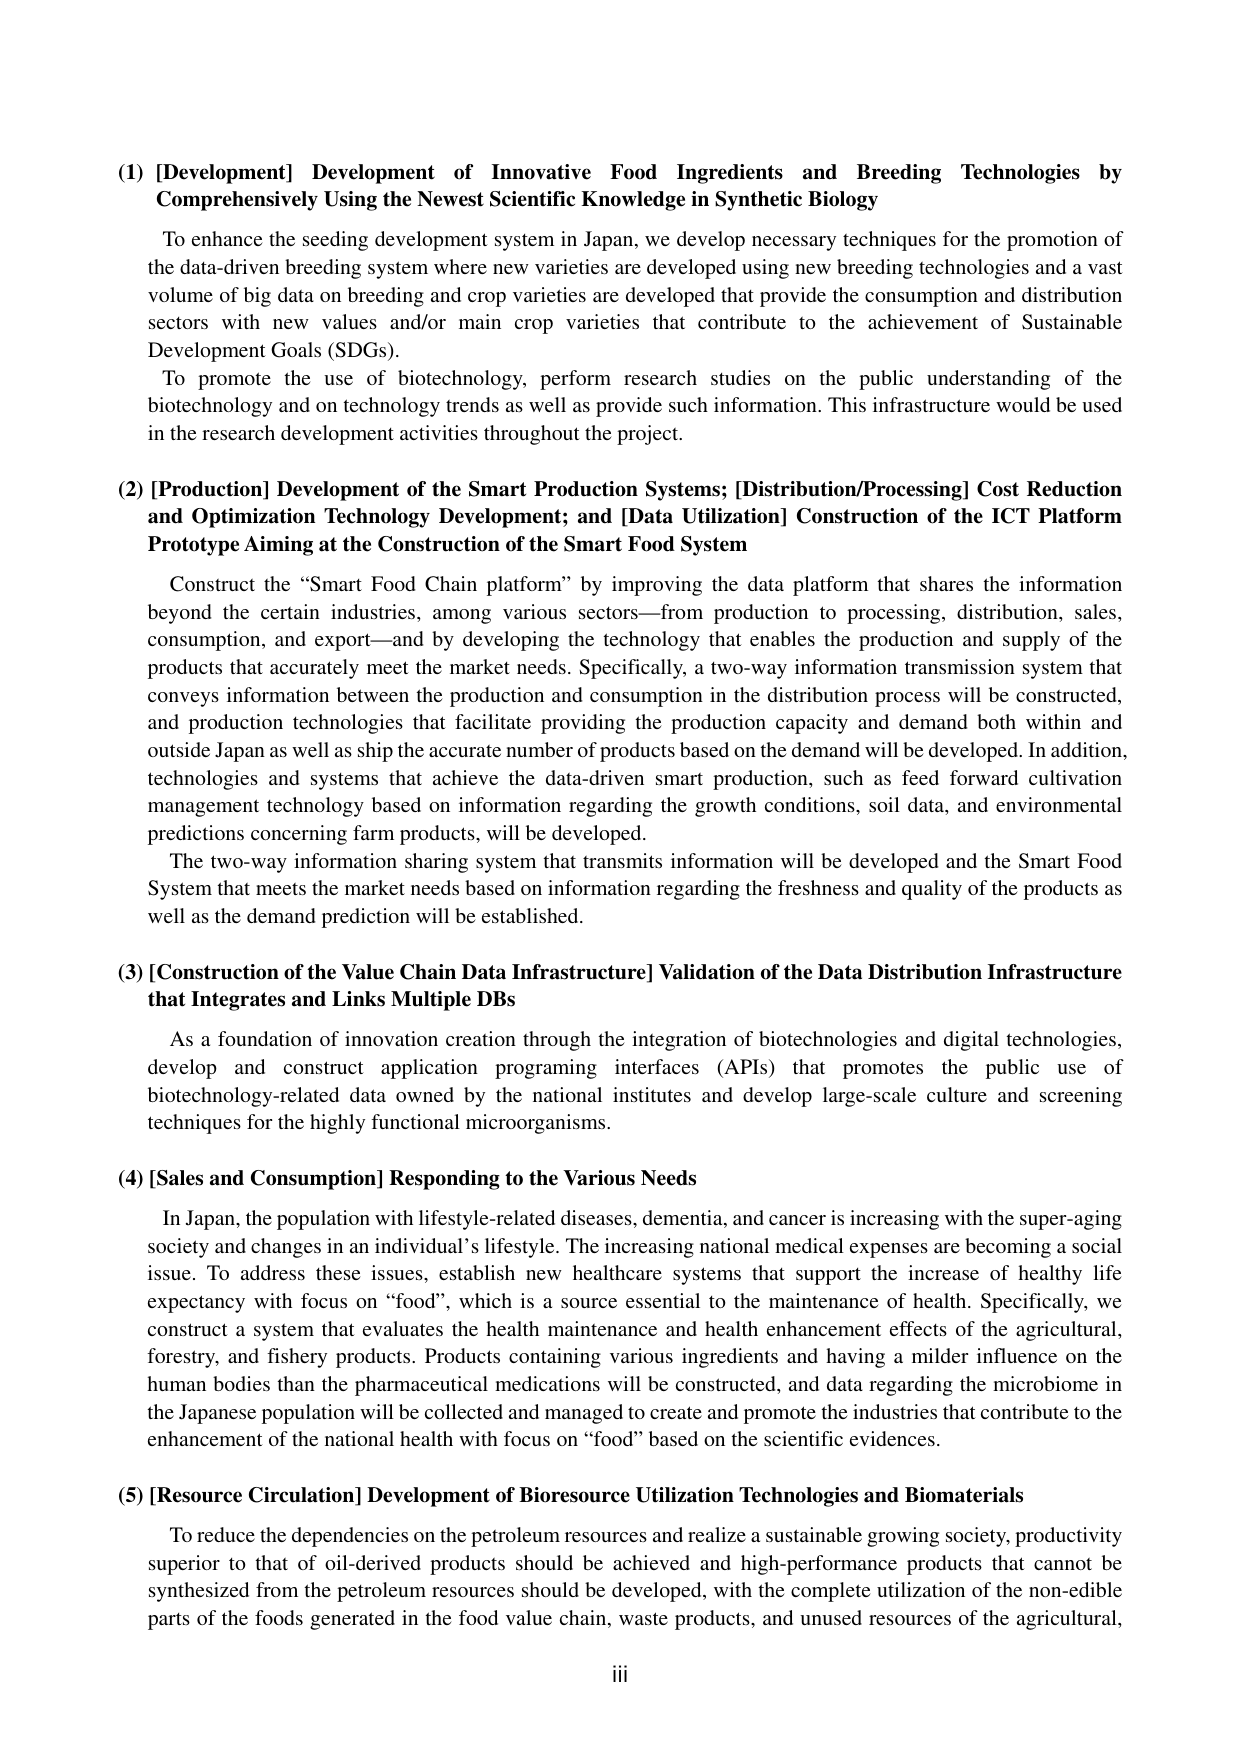
(1) [Development] Development of Innovative Food Ingredients and Breeding Technologies by Comprehensively Using the Newest Scientific Knowledge in Synthetic Biology

To enhance the seeding development system in Japan, we develop necessary techniques for the promotion of the data-driven breeding system where new varieties are developed using new breeding technologies and a vast volume of big data on breeding and crop varieties are developed that provide the consumption and distribution sectors with new values and/or main crop varieties that contribute to the achievement of Sustainable Development Goals (SDGs).

To promote the use of biotechnology, perform research studies on the public understanding of the biotechnology and on technology trends as well as provide such information. This infrastructure would be used in the research development activities throughout the project.

(2) [Production] Development of the Smart Production Systems; [Distribution/Processing] Cost Reduction and Optimization Technology Development; and [Data Utilization] Construction of the ICT Platform Prototype Aiming at the Construction of the Smart Food System

Construct the “Smart Food Chain platform” by improving the data platform that shares the information beyond the certain industries, among various sectors—from production to processing, distribution, sales, consumption, and export—and by developing the technology that enables the production and supply of the products that accurately meet the market needs. Specifically, a two-way information transmission system that conveys information between the production and consumption in the distribution process will be constructed, and production technologies that facilitate providing the production capacity and demand both within and outside Japan as well as ship the accurate number of products based on the demand will be developed. In addition, technologies and systems that achieve the data-driven smart production, such as feed forward cultivation management technology based on information regarding the growth conditions, soil data, and environmental predictions concerning farm products, will be developed.

The two-way information sharing system that transmits information will be developed and the Smart Food System that meets the market needs based on information regarding the freshness and quality of the products as well as the demand prediction will be established.

(3) [Construction of the Value Chain Data Infrastructure] Validation of the Data Distribution Infrastructure that Integrates and Links Multiple DBs

As a foundation of innovation creation through the integration of biotechnologies and digital technologies, develop and construct application programing interfaces (APIs) that promotes the public use of biotechnology-related data owned by the national institutes and develop large-scale culture and screening techniques for the highly functional microorganisms.

(4) [Sales and Consumption] Responding to the Various Needs

In Japan, the population with lifestyle-related diseases, dementia, and cancer is increasing with the super-aging society and changes in an individual’s lifestyle. The increasing national medical expenses are becoming a social issue. To address these issues, establish new healthcare systems that support the increase of healthy life expectancy with focus on “food”, which is a source essential to the maintenance of health. Specifically, we construct a system that evaluates the health maintenance and health enhancement effects of the agricultural, forestry, and fishery products. Products containing various ingredients and having a milder influence on the human bodies than the pharmaceutical medications will be constructed, and data regarding the microbiome in the Japanese population will be collected and managed to create and promote the industries that contribute to the enhancement of the national health with focus on “food” based on the scientific evidences.

(5) [Resource Circulation] Development of Bioresource Utilization Technologies and Biomaterials

To reduce the dependencies on the petroleum resources and realize a sustainable growing society, productivity superior to that of oil-derived products should be achieved and high-performance products that cannot be synthesized from the petroleum resources should be developed, with the complete utilization of the non-edible parts of the foods generated in the food value chain, waste products, and unused resources of the agricultural,

iii